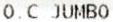
O.C JUMBO